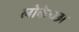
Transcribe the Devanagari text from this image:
लोकेच्छा